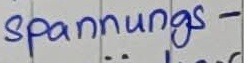
Text: spannungs-